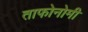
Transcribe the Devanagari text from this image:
ताफोनोमी